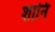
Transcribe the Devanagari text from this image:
शानि